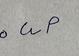
Signature authenticity: forged